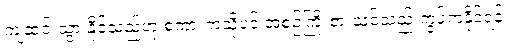
ကျဆင်းသွားနိုင်သည်ဟု စကားကဲ့သို့ပင် အစဉ်ကြိုးစားသင့်သည် ကွပ်ကဲနိုင်ရန်